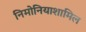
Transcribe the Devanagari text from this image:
निमोनियाशामिल